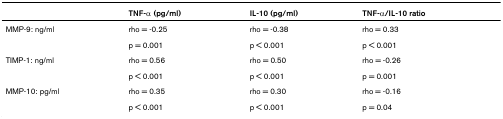
<table><thead><tr><td></td><td><b>TNF-α (pg/ml)</b></td><td><b>IL-10 (pg/ml)</b></td><td><b>TNF-α/IL-10 ratio</b></td></tr></thead><tbody><tr><td>MMP-9: ng/ml</td><td>rho = -0.25</td><td>rho = -0.38</td><td>rho = 0.33</td></tr><tr><td></td><td>p = 0.001</td><td>p &lt; 0.001</td><td>p &lt; 0.001</td></tr><tr><td>TIMP-1: ng/ml</td><td>rho = 0.56</td><td>rho = 0.50</td><td>rho = -0.26</td></tr><tr><td></td><td>p &lt; 0.001</td><td>p &lt; 0.001</td><td>p = 0.001</td></tr><tr><td>MMP-10: pg/ml</td><td>rho = 0.35</td><td>rho = 0.30</td><td>rho = -0.16</td></tr><tr><td></td><td>p &lt; 0.001</td><td>p &lt; 0.001</td><td>p = 0.04</td></tr></tbody></table>